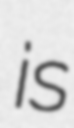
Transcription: is